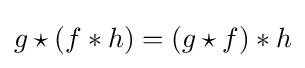
g\star \left(f*h\right)=\left(g\star f\right)*h